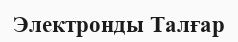
Электронды Талғар